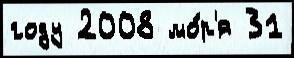
году 2008 мо́р'я 31